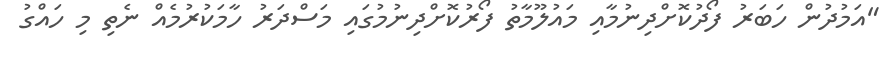
"އަމުދުން ހަބަރު ފޯދުކޮށްދިނުމާއި މައުލޫމާތު ފޯރުކޮށްދިނުމުގައި މަސްދަރު ހާމަކުރުމެއް ނެތި މި ހައްގު